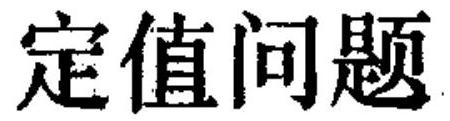
定值问题